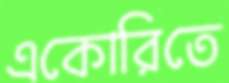
একোরিতে